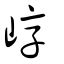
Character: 崞